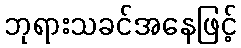
ဘုရားသခင်အနေဖြင့်